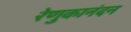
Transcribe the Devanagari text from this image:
रेणुकानंदन